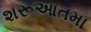
શરૂઆતમા